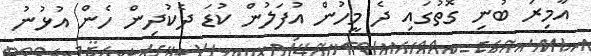
އާމިރު ބުނި ގޮތުގައި ދެ މީހުން އުފަލުން ކުޑަ ދެކުދިން ހެން އުޅުނު